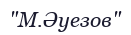
"М.Әуезов"